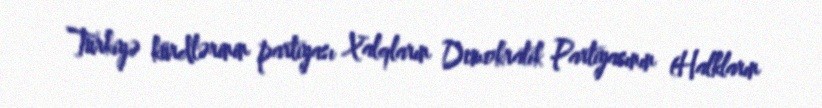
Türkiyə kürdlərinin partiyası Xalqların Demokratik Partiyasının (Halkların